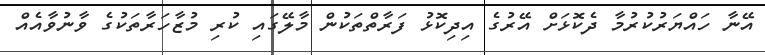
އޭނާ ހައްޔަރުކުރުމާ ދެކޮޅަށް އޭރުގެ އިދިކޮޅު ފަރާތްތަކުން މާލޭގައި ކުރި މުޒާހަރާތަކުގެ ވާނުވާއެއް